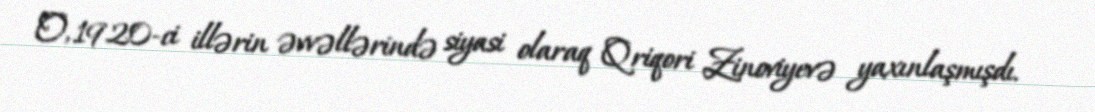
O, 1920-ci illərin əvvəllərində siyasi olaraq Qriqori Zinoviyevə yaxınlaşmışdı.